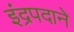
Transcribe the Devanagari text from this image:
इंद्रपदाने